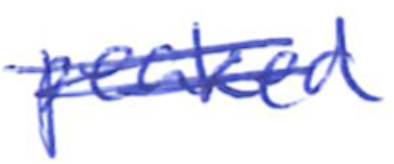
Text: peaked
Cross-out: scratch
Writing tool: ballpoint